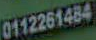
0112261484